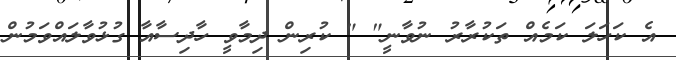
އެ ކަހަލަ ކަމެއް ތަކުރާރު ނުވާނީ" " ކުރިން ދިމާވީ ހާދިސާއާ ގުޅުވާލައްވަމުން